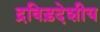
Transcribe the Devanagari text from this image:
द्रविड़देशीय